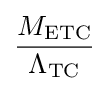
{\frac {M_{\text{ETC}}}{\Lambda _{\text{TC}}}}